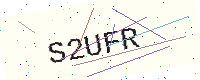
Text: S2UFR